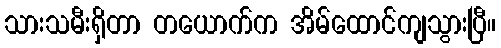
သားသမီးရှိတာ တယောက်က အိမ်ထောင်ကျသွားပြီ။